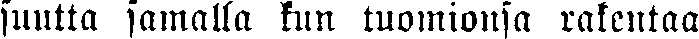
suutta samalla kun tuomionsa rakentaa